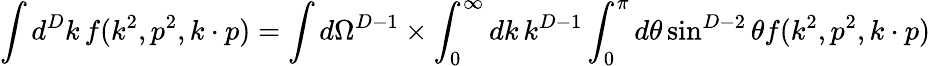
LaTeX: \int d^{D}k\, f(k^{2},p^{2},k\cdot p)=\int d\Omega^{D-1}\times\int_{0}^{\infty}dk\, k^{D-1}\int_{0}^{\pi}d\theta\sin^{D-2}\theta f(k^{2},p^{2},k\cdot p)